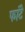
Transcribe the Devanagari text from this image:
फांटे